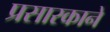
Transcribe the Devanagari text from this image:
प्रसारकाने